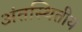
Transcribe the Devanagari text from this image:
अंतस्थितीय